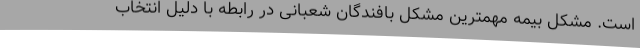
است. مشکل بیمه مهمترین مشکل بافندگان شعبانی در رابطه با دلیل انتخاب